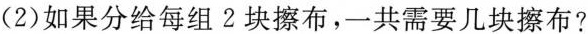
(2)如果分给每组2块擦布，一共需要几块擦布?